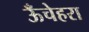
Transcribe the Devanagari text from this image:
ऊँचेहरा